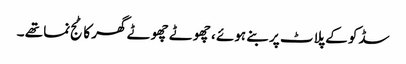
سڈکو کے پلاٹ پر بنے ہوئے ، چھوٹے چھوٹے گھر کاٹج نما تھے ۔